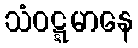
သံဝဋ္ဋမာနေ